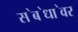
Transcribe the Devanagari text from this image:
स॓ब॓धा॓वर